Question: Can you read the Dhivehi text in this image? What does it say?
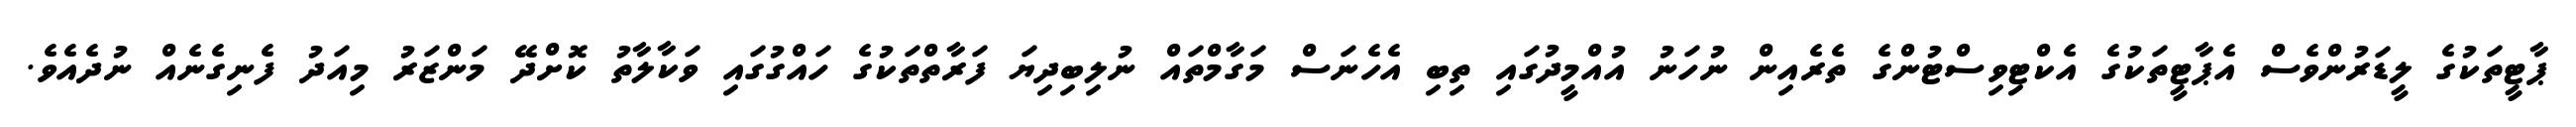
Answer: ޕާޓީތަކުގެ ލީޑަރުންވެސް އެޕާޓީތަކުގެ އެކްޓިވިސްޓުންގެ ތެރެއިން ނުހަނު އުއްމީދުގައި ތިބި އެހެނަސް މަގާމްތައް ނުލިބިދިޔަ ފަރާތްތަކުގެ ހައްގުގައި ވަކާލާތު ކޮށްދޭ މަންޒަރު މިއަދު ފެނިގެނެއް ނުދެއެވެ.